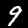
Digit: 9